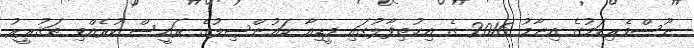
ނޫސްވެރިކަމުގެ އިނާމު 2016 ގެ އިޙުތިފާލުގައި މީޑިއާ ކައުންސިލުގެ ރައީސް ކުރެއްވި ތަޤުރީރު